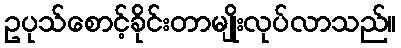
ဥပုသ်စောင့်ခိုင်းတာမျိုးလုပ်လာသည်။